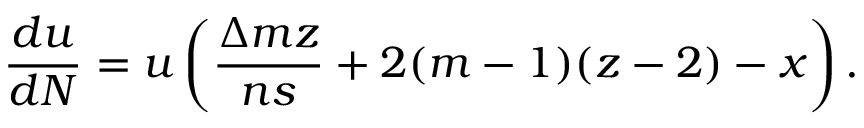
\frac { d u } { d N } = u \left( \frac { \Delta m z } { n s } + 2 ( m - 1 ) ( z - 2 ) - x \right) .